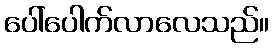
ပေါ်ပေါက်လာလေသည်။